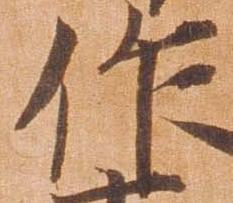
作